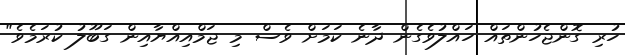
ހުރި ގޮންޖެހުންތައް ހައްލުވެގެން ދާނެ ކަމަށް ވެސް މި ޖަމްއިއްޔާއިން ގަބޫލު ކުރަމެވެ"